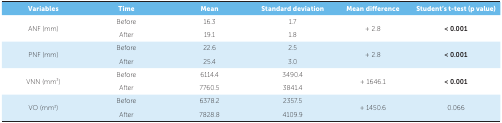
<table><thead><tr><td><b>Variables</b></td><td><b>Time</b></td><td><b>Mean</b></td><td><b>Standard deviation</b></td><td><b>Mean difference</b></td><td><b>Student’s t-test (p value)</b></td></tr></thead><tbody><tr><td rowspan="2"> ANF (mm)</td><td> Before</td><td> 16.3</td><td> 1.7</td><td rowspan="2"> + 2.8</td><td rowspan="2"> &lt; 0.001</td></tr><tr><td> After</td><td> 19.1</td><td> 1.8</td></tr><tr><td rowspan="2"> PNF (mm)</td><td> Before</td><td> 22.6</td><td> 2.5</td><td rowspan="2"> + 2.8</td><td rowspan="2"> &lt; 0.001</td></tr><tr><td> After</td><td> 25.4</td><td> 3.0</td></tr><tr><td rowspan="2"> VNN (mm<sup>3</sup>)</td><td> Before</td><td> 6114.4</td><td> 3490.4</td><td rowspan="2"> + 1646.1</td><td rowspan="2"> &lt; 0.001</td></tr><tr><td> After</td><td> 7760.5</td><td> 3841.4</td></tr><tr><td rowspan="2"> VO (mm<sup>3</sup>)</td><td> Before</td><td> 6378.2</td><td> 2357.5</td><td rowspan="2"> + 1450.6</td><td rowspan="2"> 0.066</td></tr><tr><td> After</td><td> 7828.8</td><td> 4109.9</td></tr></tbody></table>